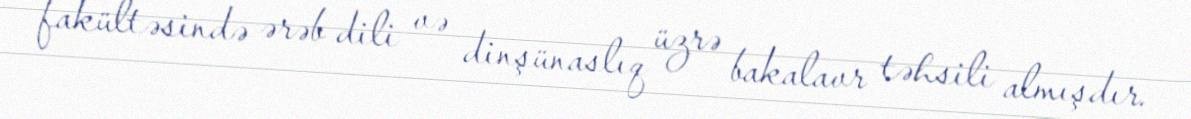
fakültəsində ərəb dili və dinşünaslıq üzrə bakalavr təhsili almışdır.